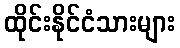
ထိုင်းနိုင်ငံသားများ